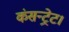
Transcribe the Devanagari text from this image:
कंसन्ट्रेट।